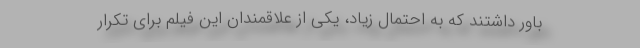
باور داشتند که به احتمال زیاد، یکی از علاقمندان این فیلم برای تکرار